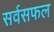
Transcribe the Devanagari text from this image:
सर्वसफल